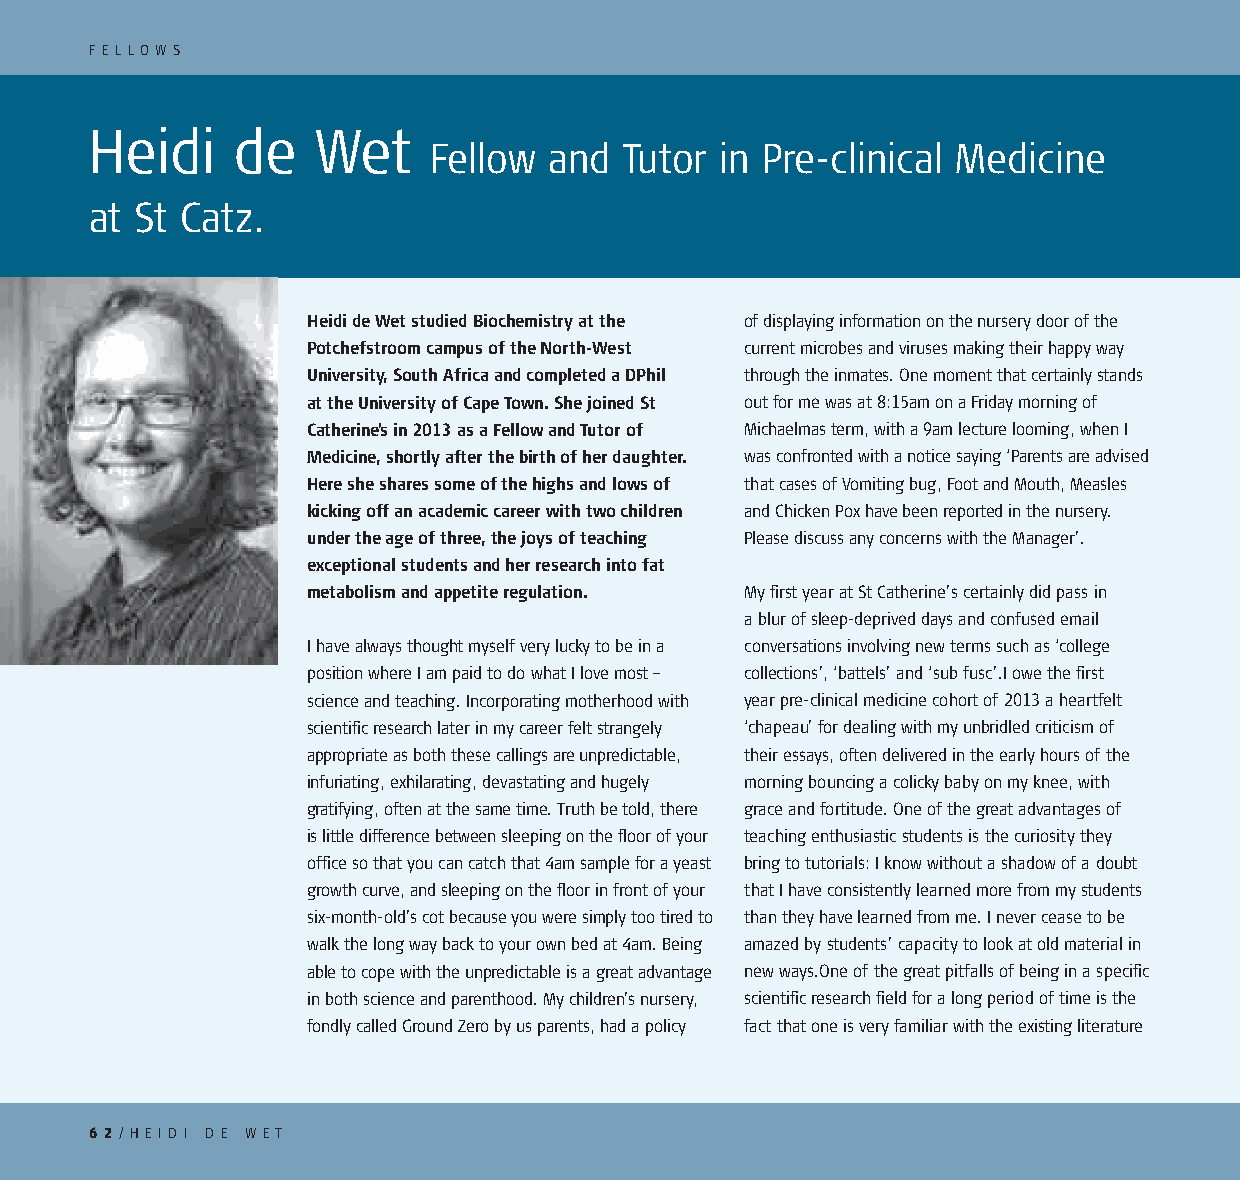
F E L LO W S
 Heidi    de    Wet
 Fellow  and  Tutor  in Pre-clinical Medicine
 at St Catz.
 Heidi de Wet studied Biochemistry at the of displaying information on the nursery door of the
 Potchefstroom campus of the North-West current microbes and viruses making their happy way
 University, South Africa and completed a DPhil through the inmates. One moment that certainly stands
 at the University of Cape Town. She joined St out for me was at 8:15am on a Friday morning of
 Catherine’s in 2013 as a Fellow and Tutor of Michaelmas term, with a 9am lecture looming, when I
 Medicine, shortly after the birth of her daughter. was confronted with a notice saying ‘Parents are advised
 Here she shares some of the highs and lows of that cases of Vomiting bug, Foot and Mouth, Measles
 kicking off an academic career with two children and Chicken Pox have been reported in the nursery.
 under the age of three, the joys of teaching Please discuss any concerns with the Manager’.
 exceptional students and her research into fat
 metabolism and appetite regulation. My first year at St Catherine’s certainly did pass in
 a blur of sleep-deprived days and confused email
 I have always thought myself very lucky to be in a conversations involving new terms such as ‘college
 position where I am paid to do what I love most – collections’, ‘battels’ and ‘sub fusc’.I owe the first
 science and teaching. Incorporating motherhood with year pre-clinical medicine cohort of 2013 a heartfelt
 scientific research later in my career felt strangely ‘chapeau’ for dealing with my unbridled criticism of
 appropriate as both these callings are unpredictable, their essays, often delivered in the early hours of the
 infuriating, exhilarating, devastating and hugely morning bouncing a colicky baby on my knee, with
 gratifying, often at the same time. Truth be told, there grace and fortitude. One of the great advantages of
 is little difference between sleeping on the floor of your teaching enthusiastic students is the curiosity they
 office so that you can catch that 4am sample for a yeast bring to tutorials: I know without a shadow of a doubt
 growth curve, and sleeping on the floor in front of your that I have consistently learned more from my students
 six-month-old’s cot because you were simply too tired to than they have learned from me. I never cease to be
 walk the long way back to your own bed at 4am. Being amazed by students’ capacity to look at old material in
 able to cope with the unpredictable is a great advantage new ways.One of the great pitfalls of being in a specific
 in both science and parenthood. My children’s nursery, scientific research field for a long period of time is the
 fondly called Ground Zero by us parents, had a policy fact that one is very familiar with the existing literature
 6 2/ H E I D I D E W ET